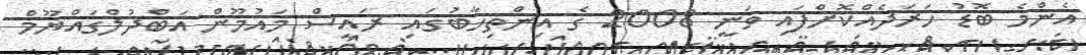
އެންމެ ބޮޑު ހަރަދެއްކޮށްފައި ވަނީ 2008 ގެ އިންތިހާބުގައި ރައީސް މައުމޫން އަބްދުލްގައްޔޫމް